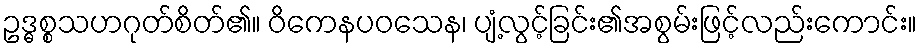
ဥဒ္ဓစ္စသဟဂုတ်စိတ်၏။ ဝိကေနပဝသေန၊ ပျံ့လွင့်ခြင်း၏အစွမ်းဖြင့်လည်းကောင်း။